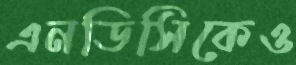
এনডিসিকেও